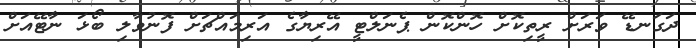
ދަގަނޑޭ ވަރަށް ރީތިކޮށް ހޮންކޮން ޕެނަލްޓީ އޭރިޔާގެ އަރިމައްޗަށް ފޮނުވާލި ބޯޅަ ނާޓޭއަށް